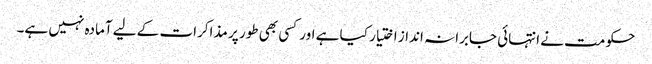
حکومت نے انتہائی جابرانہ انداز اختیار کیا ہے اور کسی بھی طور پر مذاکرات کے لیے آمادہ نہیں ہے۔